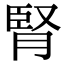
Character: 腎